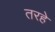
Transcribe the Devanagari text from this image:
तरहे